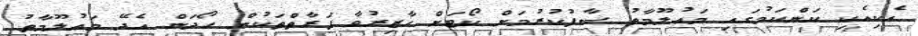
އެކިއެކި ކަންކަމުގައި މަޢުލޫމާތު ސާފުކުރުމަށް ކޯޓަށް ހާޒިރުވާ ފަރާތްތަކުން ހޯދަން އެދޭ މަޢުލޫމާތު